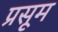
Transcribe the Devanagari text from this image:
प्रसूम